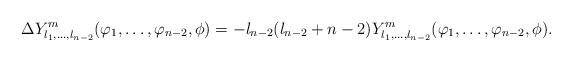
LaTeX: \begin{gather*}\Delta Y^{m}_{l_1,\ldots,l_{n-2}}(\varphi_1,\ldots,\varphi_{n-2},\phi) = -l_{n-2}(l_{n-2}+n-2)Y^{m}_{l_1,\ldots,l_{n-2}}(\varphi_1,\ldots,\varphi_{n-2},\phi) .\end{gather*}